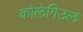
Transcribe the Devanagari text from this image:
कोलेगिउल